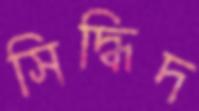
সিদ্ধিদ